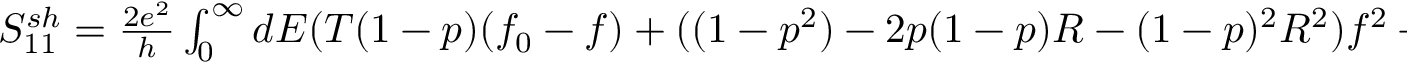
\begin{array} { r } { { S _ { 1 1 } ^ { s h } } = \frac { 2 e ^ { 2 } } { h } \int _ { 0 } ^ { \infty } d E ( T ( 1 - p ) ( f _ { 0 } - f ) + ( ( 1 - p ^ { 2 } ) - 2 p ( 1 - p ) R - ( 1 - p ) ^ { 2 } R ^ { 2 } ) f ^ { 2 } - ( 2 p ( 1 - p ) T + 2 ( 1 - p ) ^ { 2 } R T ) f f _ { 0 } } \\ { - ( 1 - p ) ^ { 2 } T ^ { 2 } f _ { 0 } ^ { 2 } ) , } \end{array}